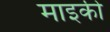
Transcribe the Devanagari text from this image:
माइकी